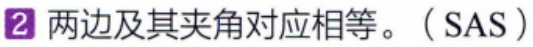
2 两边及其夹角对应相等。（SAS）